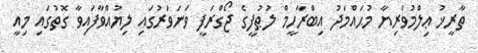
ތާރީޚު ޢިލްމުވެރިޔާ މުޙައްމަދު އިބްރާހީމް ލުޠުފީގެ ޖޯގްރަފީ ވަނަވަރުގައި ލިޔުއްވާފައިވާ ގޮތުގައި މިއީ